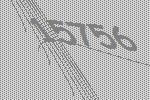
15756